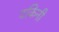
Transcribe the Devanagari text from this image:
दकिनी